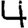
Digit: 4